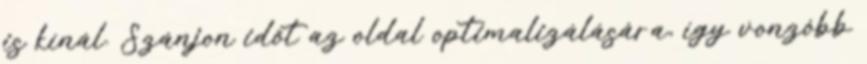
is kínál. Szánjon időt az oldal optimalizálására, így vonzóbb